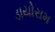
ડાયોરામ